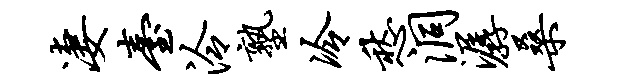
凄台泠塾冷愁洞潺桑